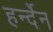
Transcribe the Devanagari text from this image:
हर्न्देन